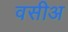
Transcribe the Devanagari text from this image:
वसीअ